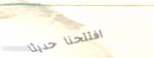
افتتحنا حديثاً